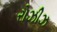
રોઝીઝ